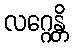
လဂ္ဂေန္တိ